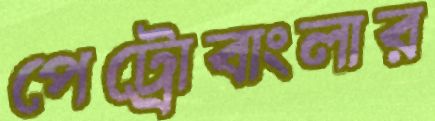
পেট্রোবাংলার